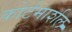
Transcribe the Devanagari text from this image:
कोर्टमार्शल